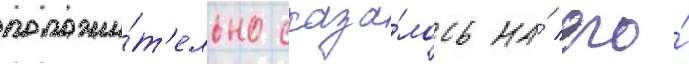
положи́т'ельно сказа́лось на́ его́